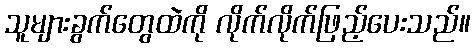
သူများခွက်တွေထဲကို လိုက်လိုက်ဖြည့်ပေးသည်။